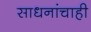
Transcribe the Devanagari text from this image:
साधनांचाही